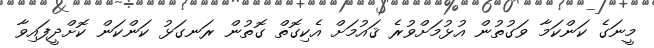
މީނަގެ ކަންކަމާ ވަގުތުން އުޅުމަށްވުރެ ޤައުމަށް އެކިގޮތް ގޮތުން ރަނގަޅު ކަންކަން ކޮށްދީފައިވާ